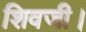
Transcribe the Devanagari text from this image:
शिवजी।